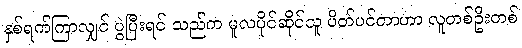
နှစ်ရက်ကြာလျှင် ပွဲပြီးရင် သည်က မူလပိုင်ဆိုင်သူ ပိတ်ပင်တာဟာ လူတစ်ဦးတစ်